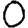
Digit: 0